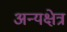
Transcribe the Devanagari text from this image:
अन्यक्षेत्र